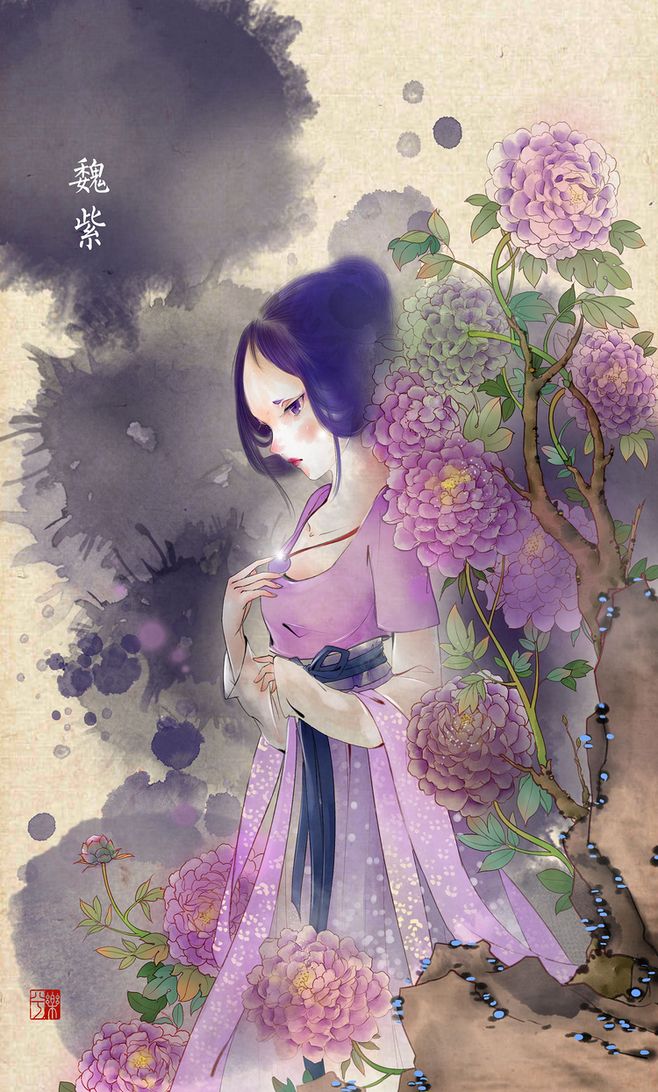
垂柳覆金堤，蘼芜叶复齐。